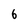
Character: 6